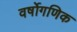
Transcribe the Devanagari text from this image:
वर्षोगणिक